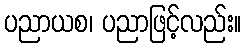
ပညာယစ၊ ပညာဖြင့်လည်း။